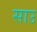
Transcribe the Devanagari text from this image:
साउ